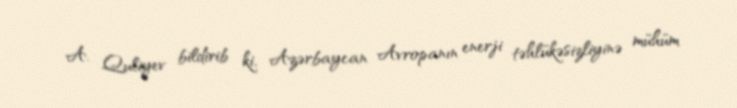
A. Quliyev bildirib ki, Azərbaycan Avropanın enerji təhlükəsizliyinə mühüm